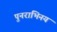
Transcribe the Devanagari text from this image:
पुनराभिनय